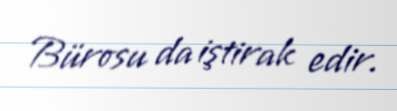
Bürosu da iştirak edir.